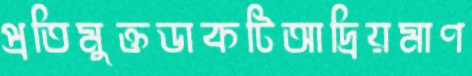
প্রতিমুক্তডাকটিআদ্রিয়মাণ